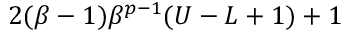
2 ( \beta - 1 ) \beta ^ { p - 1 } ( U - L + 1 ) + 1